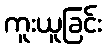
ကူးယူခြင်း